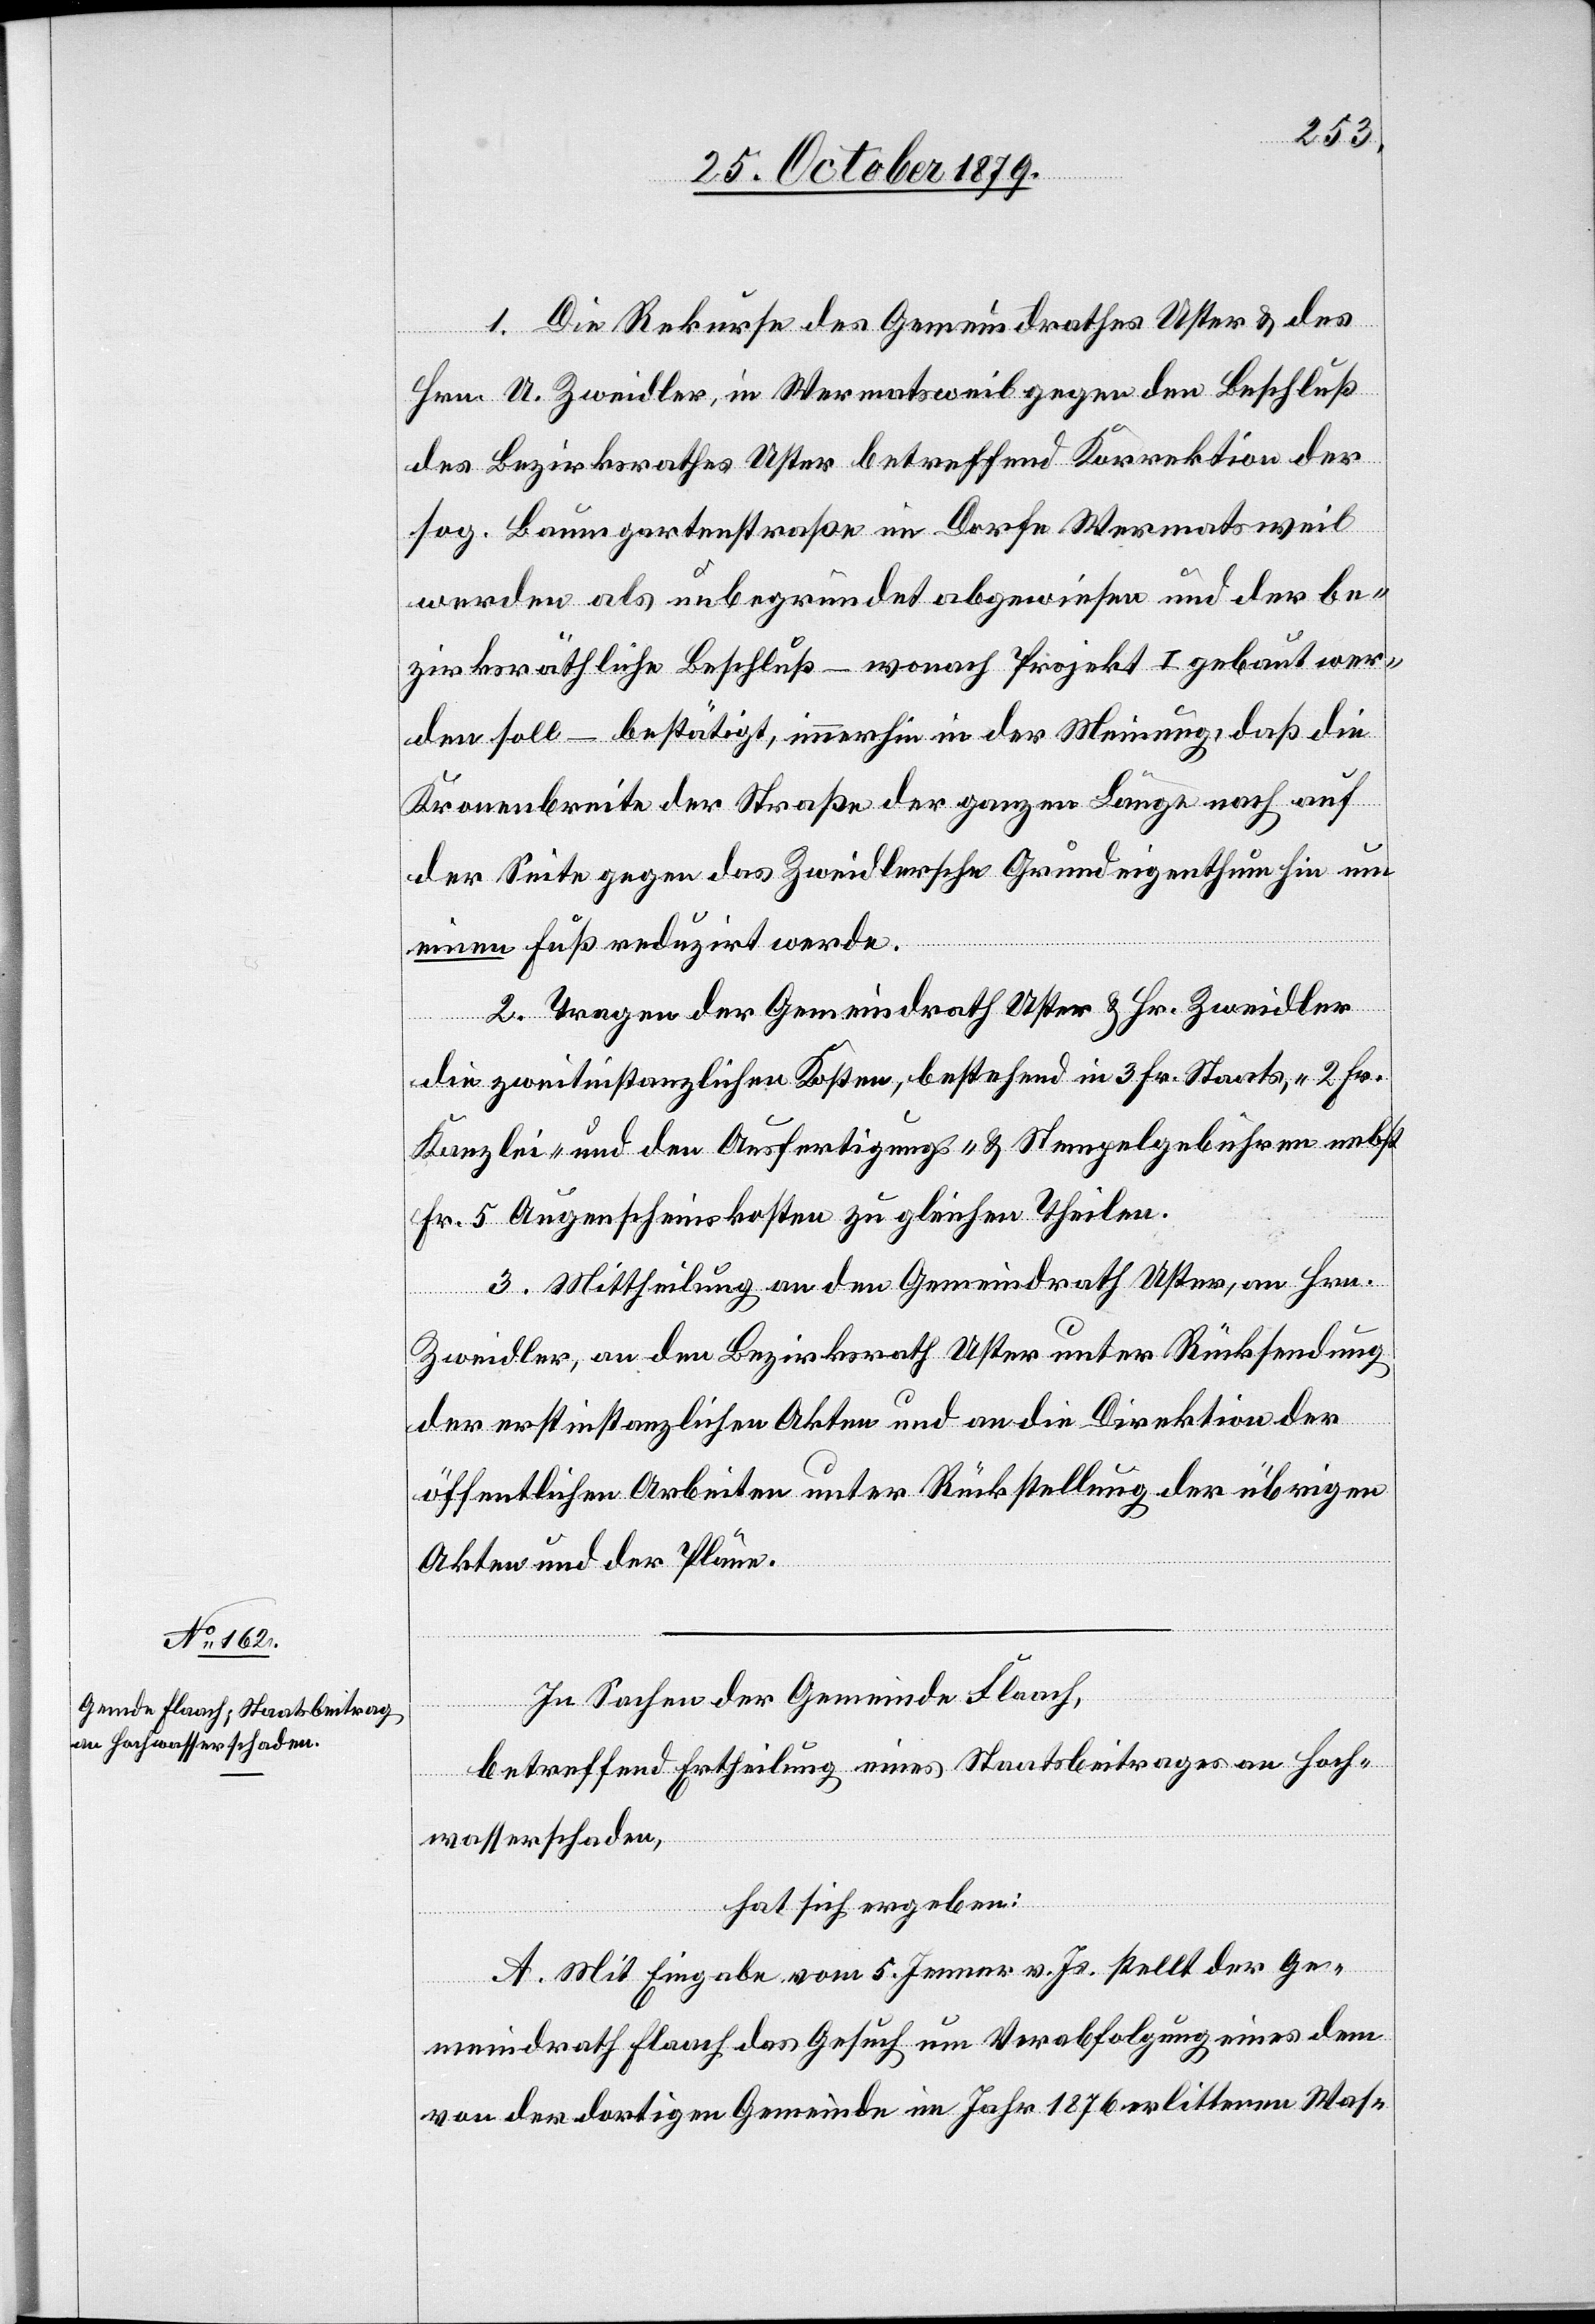
1. Die Rekurse des Gemeindrathes Uster & des
Hrn. U. Zweidler, in Wermatsweil gegen den Beschluß
des Bezirksrathes Uster betreffend Korrektion der
sog. Baumgartenstraße im Dorfe Wermatsweil
wurden als unbegründet abgewiesen und der be¬
zirksräthliche Beschluß – wonach Projekt I gebaut wer¬
den soll – bestätigt, immerhin in der Meinung, daß die
Kranenbreite der Straße der ganzen Länge nach auf
der Seite gegen das Zweidlersche Grundeigenthum hin um
einen Fuß reduzirt werde.
2. Tragen der Gemeindrath Uster & Hr. Zweidler
die zweitinstanzlichen Kosten, bestehend in 3 Fr. Staats-, 2 Fr.
Kanzlei- und den Ausfertigungs- & Stempelgebühren nebst
Fr. 5 Augenscheinskosten zu gleichen Theilen.
3. Mittheilung an den Gemeindrath Uster, an Hrn.
Zweidler, an den Bezirksrath Uster unter Rückstellung
der erstinstanzlichen Akten und an die Direktion der
öffentlichen Arbeiten unter Rückstellung der übrigen
Akten und der Pläne.
In Sachen der Gemeinde Flaach,
betreffend Ertheilung eines Staatsbeitrages an Hoch¬
wasserschaden,
hat sich ergeben:
A. Mit Eingabe vom 5. Jenner v. Js. stellt der Ge¬
meindrath Flaach das Gesuch um Verabfolgung eines dem
von der dortigen Gemeinde im Jahr 1876 erlittenen Was-